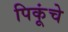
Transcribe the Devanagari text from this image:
पिकूंचे